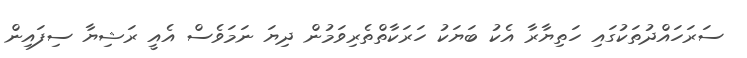
ސަރަހައްދުތަކުގައި ހަތިޔާރާ އެކު ބަޔަކު ހަރަކާތްތެރިވަމުން ދިޔަ ނަމަވެސް އެއީ ރަޝިޔާ ސިފައިން